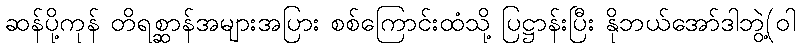
ဆန်ပို့ကုန် တိရစ္ဆာန်အများအပြား စစ်ကြောင်းထံသို့ ပြဋ္ဌာန်းပြီး နိုဘယ်အော်ဒါဘွဲ့(ဝါ